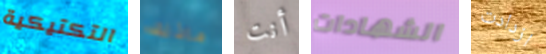
التكتيكية ماذلك أنت الشهادات ازدادت